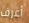
أعرف